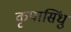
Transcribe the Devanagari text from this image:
कृपासिंधु